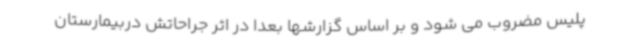
پلیس مضروب می شود و بر اساس گزارشها بعدا در اثر جراحاتش دربیمارستان